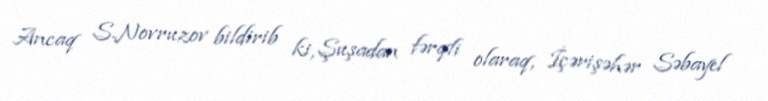
Ancaq S.Novruzov bildirib ki, Şuşadan fərqli olaraq, İçərişəhər Səbayel